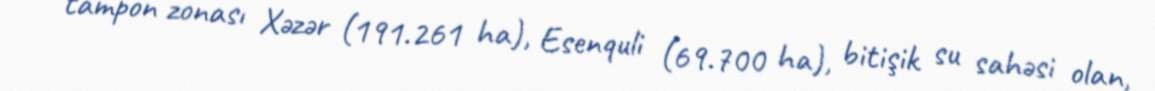
tampon zonası Xəzər (191.261 ha), Esenquli (69.700 ha), bitişik su sahəsi olan,